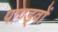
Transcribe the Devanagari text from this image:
पाण्ड्वों